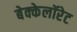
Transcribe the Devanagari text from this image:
बेक्केलॉरेट